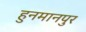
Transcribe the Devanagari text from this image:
हुनमानपुर